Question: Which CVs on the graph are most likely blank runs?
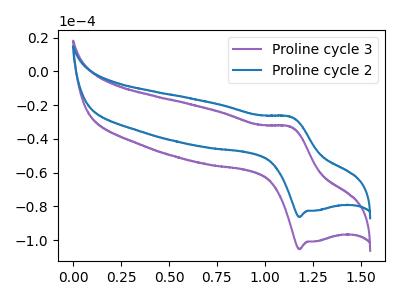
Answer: <think>The purple curve "Proline cycle 3" has an anodic peak at (1.15V, -32.80uA) and a cathodic peak at (1.20V, -105.40uA). The blue curve "Proline cycle 2" has an anodic peak at (1.15V, -26.85uA) and a cathodic peak at (1.20V, -86.35uA).</think>
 <answer>There are not any CV's on this graph that are likely to be blanks.</answer>
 <eval>none</eval>